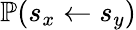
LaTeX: \mathbb{P}(s_{x}\leftarrow s_{y})